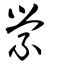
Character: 縈